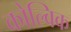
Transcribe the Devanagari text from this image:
कोल्विक